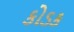
કોડક